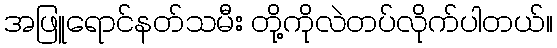
အဖြူရောင်နတ်သမီး တို့ကိုလဲတပ်လိုက်ပါတယ်။